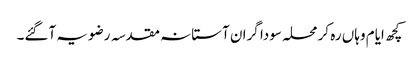
کچھ ایام وہاں رہ کر محلہ سودا گران آستانہ مقدسہ رضویہ آگئے۔